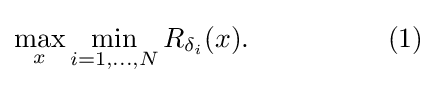
\max _{x}\min _{i=1,\dots ,N}R_{\delta _{i}}(x).\ \ \ \ \ \ \ \ \ \ \ \ \ \ \ (1)